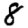
Digit: 8